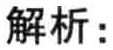
解析：